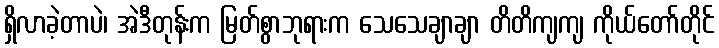
ရှိလာခဲ့တာပဲ၊ အဲဒီတုန်းက မြတ်စွာဘုရားက သေသေချာချာ တိတိကျကျ ကိုယ်တော်တိုင်